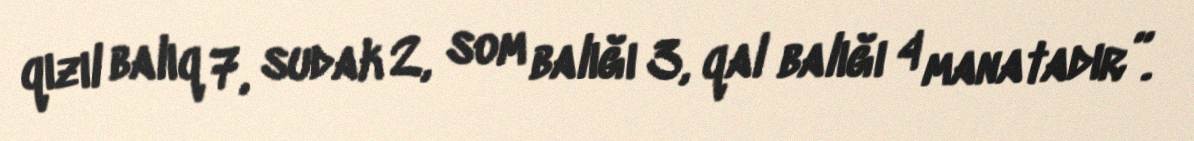
qızıl balıq 7, sudak 2, som balığı 3, qal balığı 4 manatadır”.